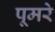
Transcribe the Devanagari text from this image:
पूमरे